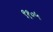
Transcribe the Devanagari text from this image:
९१०५